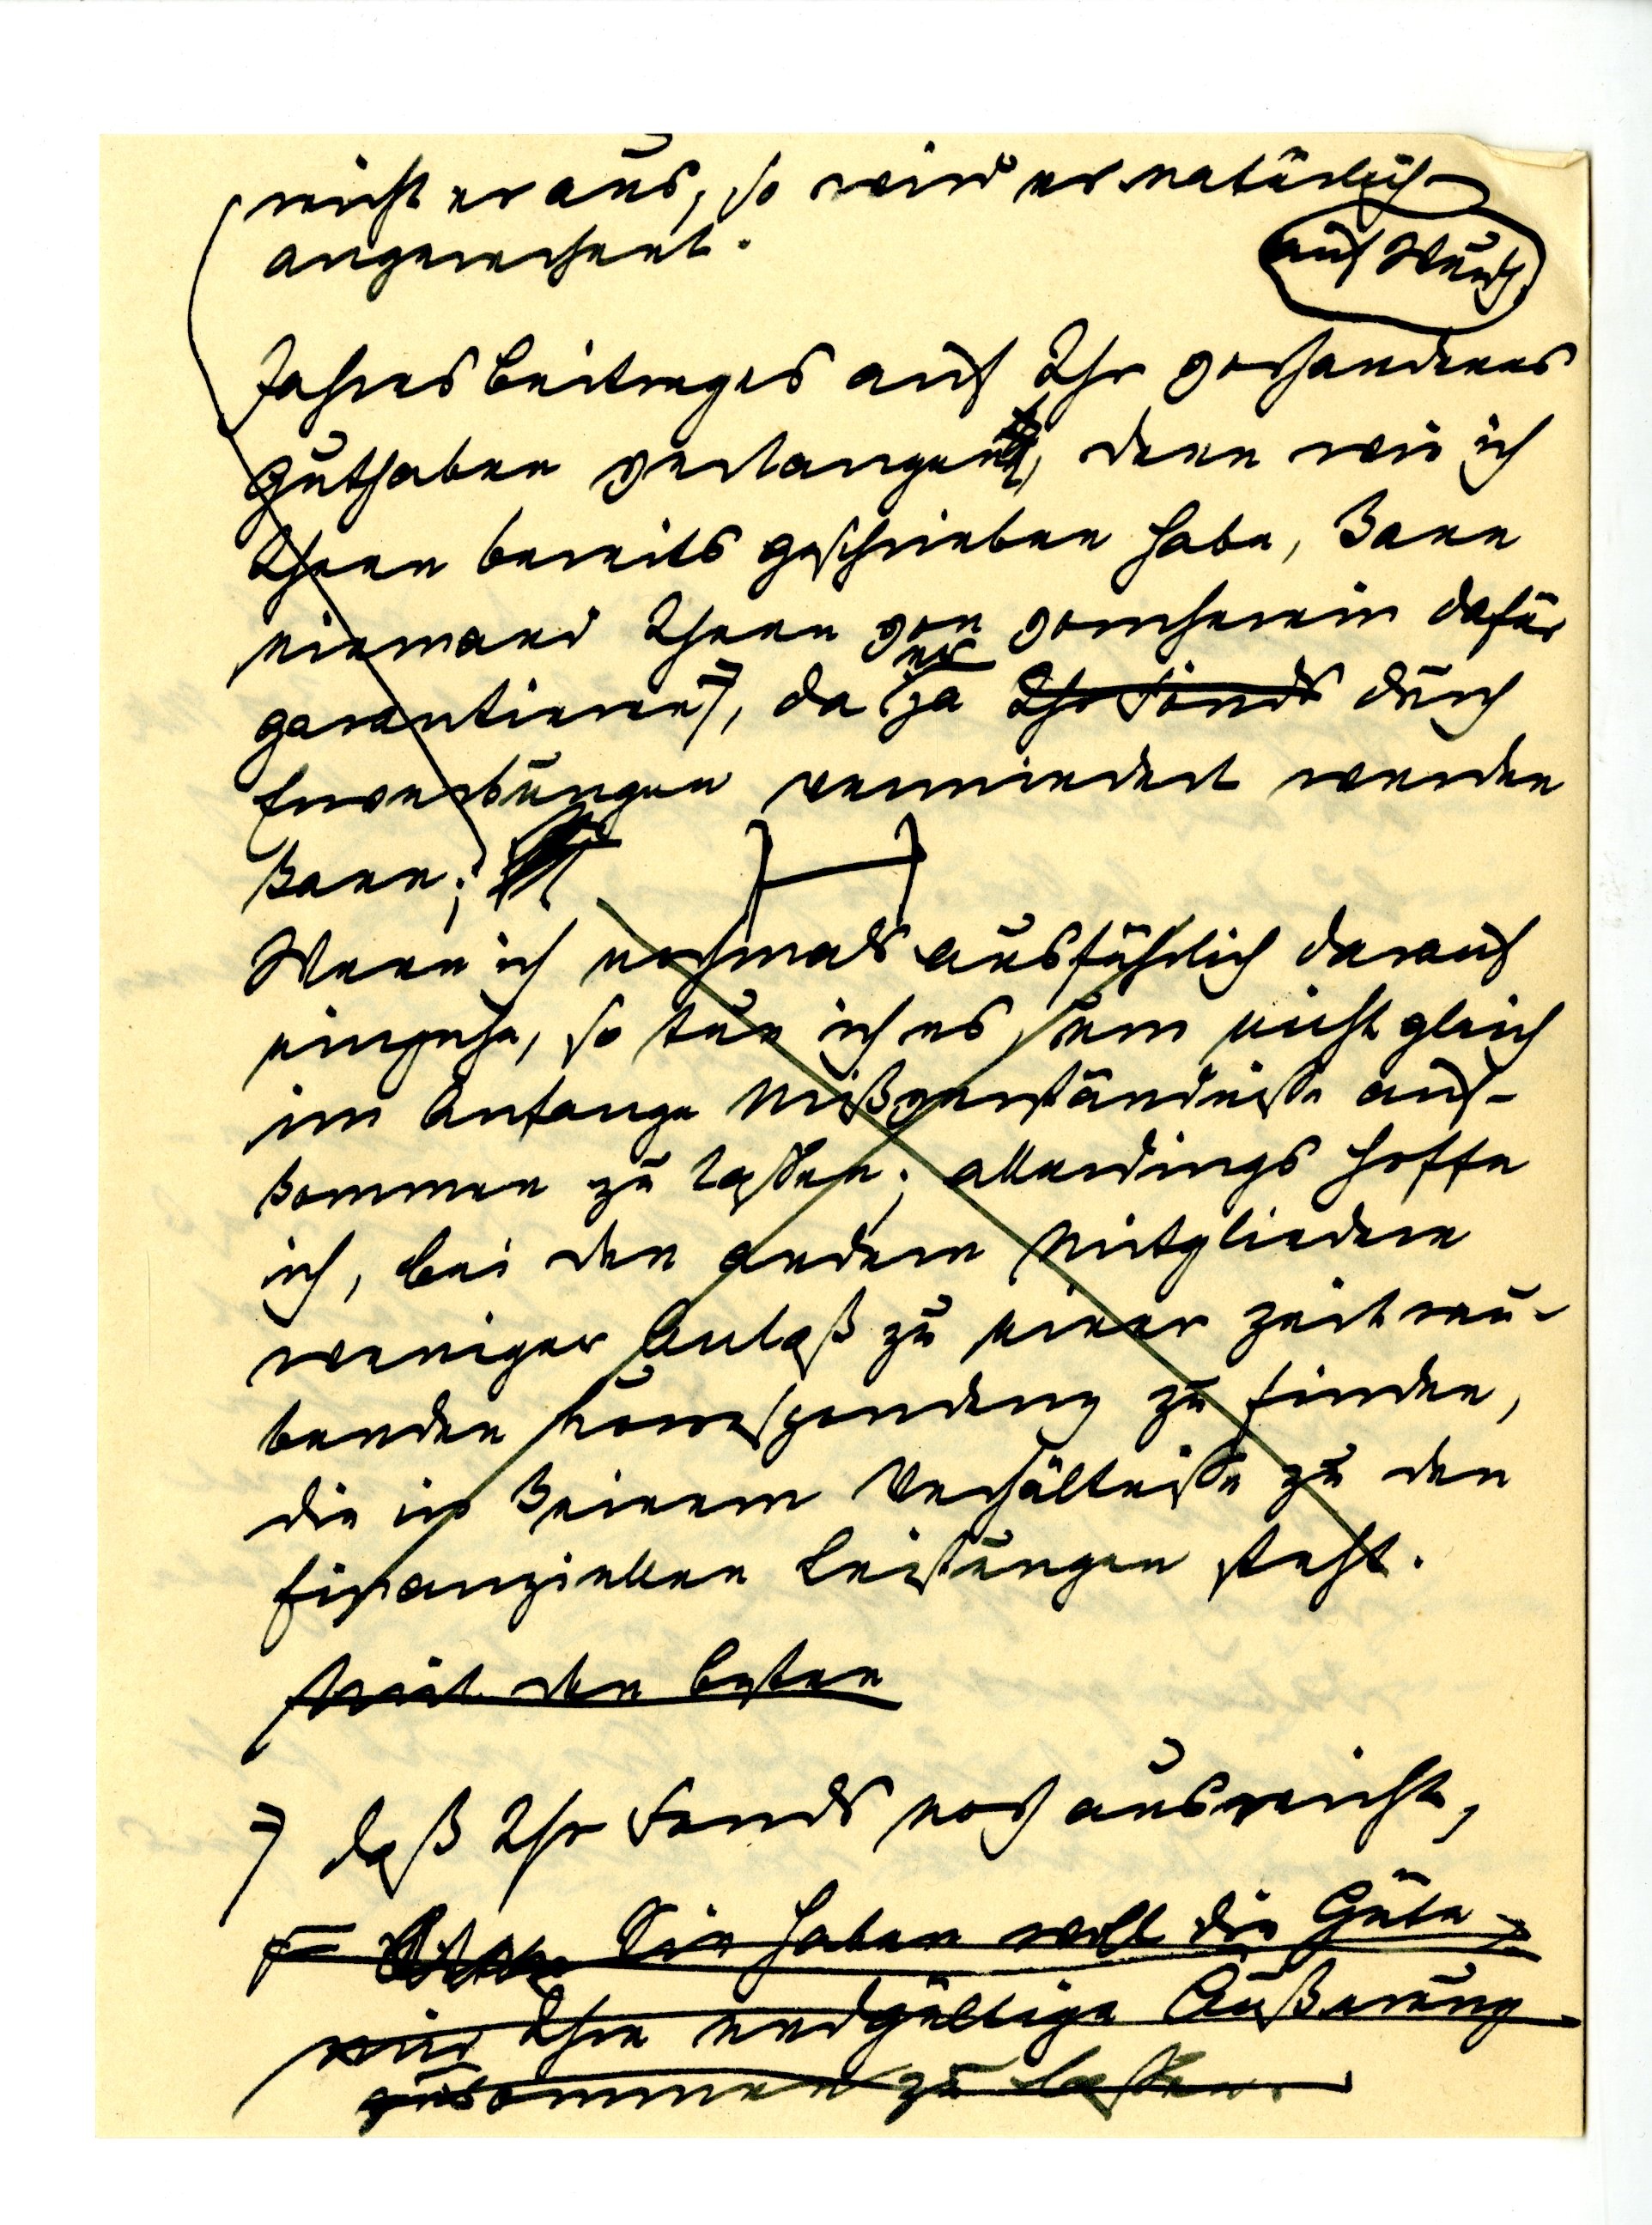
reicht er aus, so wird er natürlich
angerechnet.

Jahresbetrags auf Ihr vorhandenes
Guthaben verlangen, denn wie ich
Ihnen bereits geschrieben habe, kann
niemand Ihnen von vornherein dafür
er
garantieren, da ja durch
Erwerbungen vermindert werden
kann;
Wenn ich nochmals ausführlich darauf
eingehe, so tue ich es, um nicht gleich
am Anfang Missverständnisse auf¬
kommen zu lassen; allerdings hoffe
ich, bei den andern Mitgliedern
weniger Anlaß zu einer zeitrau¬
benden Korrespondenz zu finden,
die in keinem Verhältnisse zu den
finanziellen Leistungen steht.

daß Ihr Fonds noch ausreicht